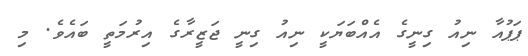
ޕަޕުއާ ނިއު ގިނީގެ އެއްބަޔަކީ ނިއު ގިނީ ޖަޒީރާގެ އިރުމަތީ ބައެވެ. މި